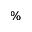
\%